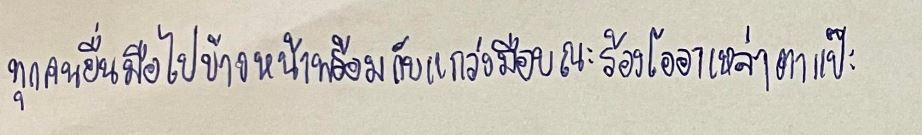
ทุกคนยื่นมือไปข้างหน้าพร้อมกับแกว่งมือขณะร้องโออาเหล่าตาแป๊ะ